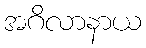
အဂိလာနာယ